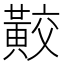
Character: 𪏁